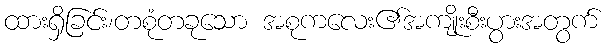
ထားရှိခြင်း၊တစုံတခုသော အစုကလေး၏အကျိုးစီးပွားအတွက်